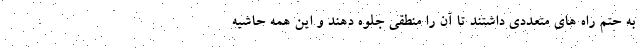
به حتم راه های متعددی داشتند تا آن را منطقی جلوه دهند و این همه حاشیه